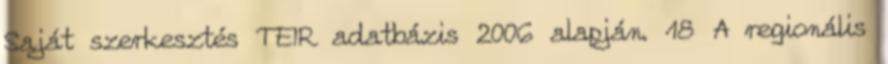
Saját szerkesztés TEIR adatbázis 2006 alapján. 18 A regionális